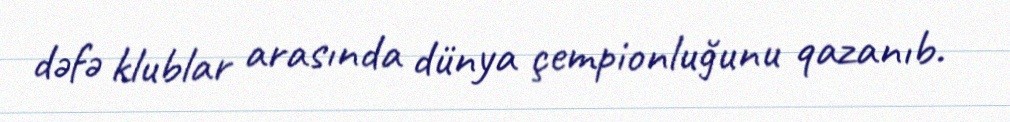
dəfə klublar arasında dünya çempionluğunu qazanıb.